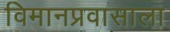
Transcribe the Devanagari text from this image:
विमानप्रवासाला